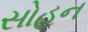
સોહન